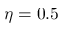
\eta = 0 . 5